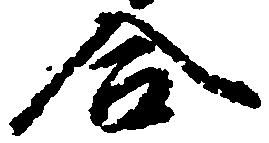
合